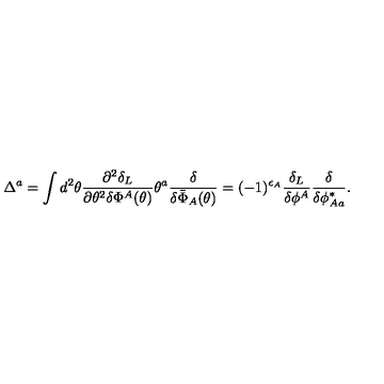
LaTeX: \Delta ^ { a } = \int d ^ { 2 } \theta \frac { \partial ^ { 2 } \delta _ { L } } { \partial \theta ^ { 2 } \delta \Phi ^ { A } ( \theta ) } \theta ^ { a } \frac { \delta } { \delta \bar { \Phi } _ { A } ( \theta ) } = ( - 1 ) ^ { \epsilon _ { A } } \frac { \delta _ { L } } { \delta \phi ^ { A } } \frac { \delta } { \delta \phi _ { A a } ^ { * } } .